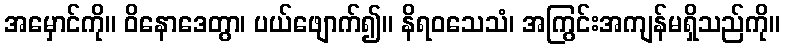
အမှောင်ကို။ ဝိနောဒေတွာ၊ ပယ်ဖျောက်၍။ နိရဝသေသံ၊ အကြွင်းအကျန်မရှိသည်ကို။